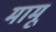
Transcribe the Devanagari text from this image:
मामूं